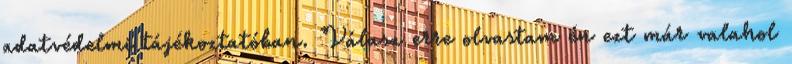
adatvédelmi tájékoztatóban. Válasz erre olvastam én ezt már valahol